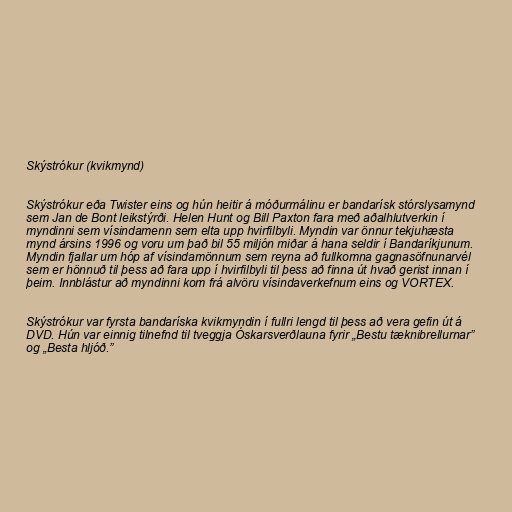
Skýstrókur (kvikmynd)

Skýstrókur eða Twister eins og hún heitir á móðurmálinu er bandarísk stórslysamynd
sem Jan de Bont leikstýrði. Helen Hunt og Bill Paxton fara með aðalhlutverkin í
myndinni sem vísindamenn sem elta upp hvirfilbyli. Myndin var önnur tekjuhæsta
mynd ársins 1996 og voru um það bil 55 miljón miðar á hana seldir í Bandaríkjunum.
Myndin fjallar um hóp af vísindamönnum sem reyna að fullkomna gagnasöfnunarvél
sem er hönnuð til þess að fara upp í hvirfilbyli til þess að finna út hvað gerist innan í
þeim. Innblástur að myndinni kom frá alvöru vísindaverkefnum eins og VORTEX.

Skýstrókur var fyrsta bandaríska kvikmyndin í fullri lengd til þess að vera gefin út á
DVD. Hún var einnig tilnefnd til tveggja Óskarsverðlauna fyrir „Bestu tæknibrellurnar”
og „Besta hljóð.”